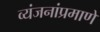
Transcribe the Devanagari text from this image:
व्यंजनांप्रमाणे